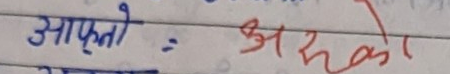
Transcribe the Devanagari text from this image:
आफ्तो = अदहको र